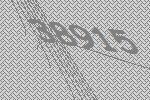
38915